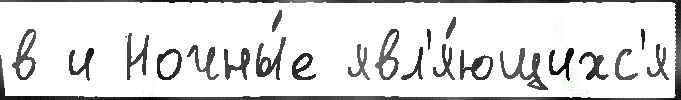
в и Ночны́е явл'я́ющихс'я